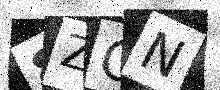
Text: 8ZGN